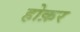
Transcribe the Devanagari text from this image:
होक़र